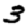
Digit: 3